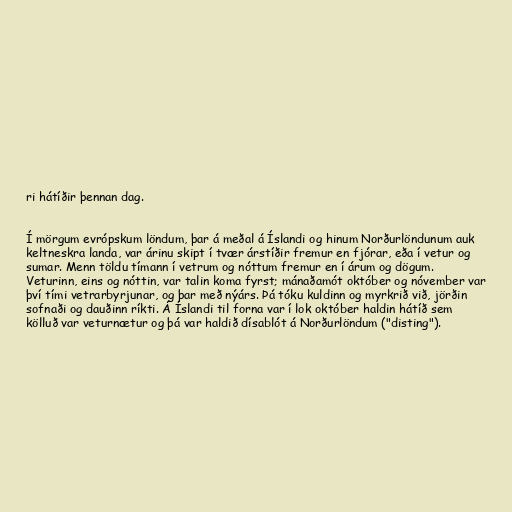
ri hátíðir þennan dag.

Í mörgum evrópskum löndum, þar á meðal á Íslandi og hinum Norðurlöndunum auk
keltneskra landa, var árinu skipt í tvær árstíðir fremur en fjórar, eða í vetur og
sumar. Menn töldu tímann í vetrum og nóttum fremur en í árum og dögum.
Veturinn, eins og nóttin, var talin koma fyrst; mánaðamót október og nóvember var
því tími vetrarbyrjunar, og þar með nýárs. Þá tóku kuldinn og myrkrið við, jörðin
sofnaði og dauðinn ríkti. Á Íslandi til forna var í lok október haldin hátíð sem
kölluð var veturnætur og þá var haldið dísablót á Norðurlöndum ("disting").